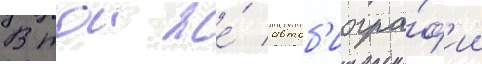
В тои же́ автоб'иогра́ф'ии